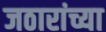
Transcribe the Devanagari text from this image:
जठारांच्या